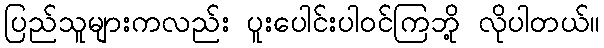
ပြည်သူများကလည်း ပူးပေါင်းပါဝင်ကြဘို့ လိုပါတယ်။